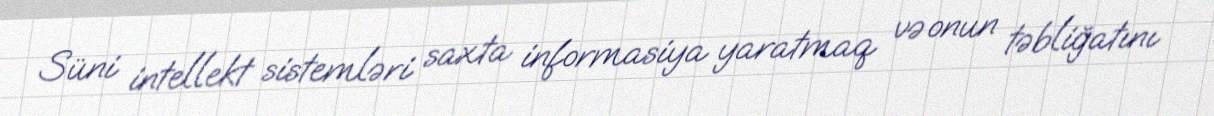
Süni intellekt sistemləri saxta informasiya yaratmaq və onun təbliğatını